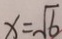
x = \sqrt { 6 }